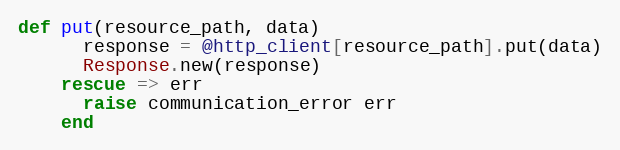
Language: Ruby
def put(resource_path, data)
      response = @http_client[resource_path].put(data)
      Response.new(response)
    rescue => err
      raise communication_error err
    end